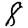
Digit: 8